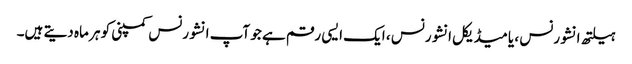
ہیلتھ انشورنس ، یا میڈیکل انشورنس ، ایک ایسی رقم ہے جو آپ انشورنس کمپنی کو ہر ماہ دیتے ہیں۔